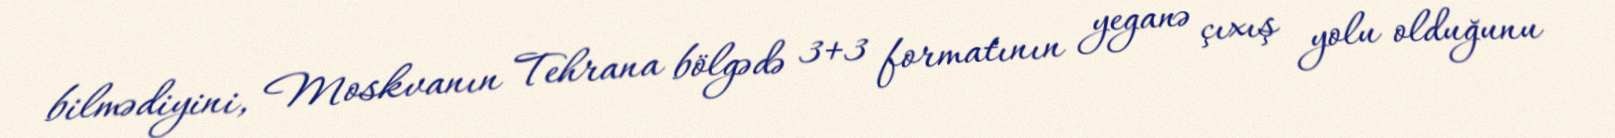
bilmədiyini, Moskvanın Tehrana bölgədə 3+3 formatının yeganə çıxış yolu olduğunu